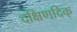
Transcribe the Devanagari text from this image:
दक्षिणदिक्